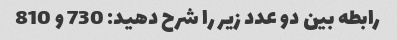
رابطه بین دو عدد زیر را شرح دهید: 730 و 810